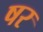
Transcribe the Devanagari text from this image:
षर